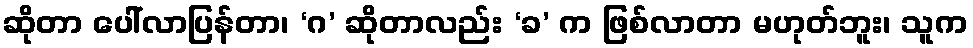
ဆိုတာ ပေါ်လာပြန်တာ၊ ‘ဂ’ ဆိုတာလည်း ‘ခ’ က ဖြစ်လာတာ မဟုတ်ဘူး၊ သူက